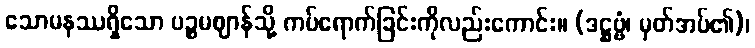
သောမနဿရှိသော ပဉ္စမဈာန်သို့ ကပ်ရောက်ခြင်းကိုလည်းကောင်း။ (ဒဋ္ဌဗ္ဗံ၊ မှတ်အပ်၏)၊